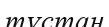
тұстан